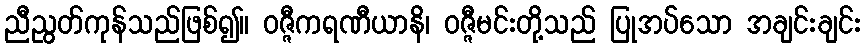
ညီညွတ်ကုန်သည်ဖြစ်၍။ ဝဇ္ဇီကရဏီယာနိ၊ ဝဇ္ဇီမင်းတို့သည် ပြုအပ်သော အချင်းချင်း